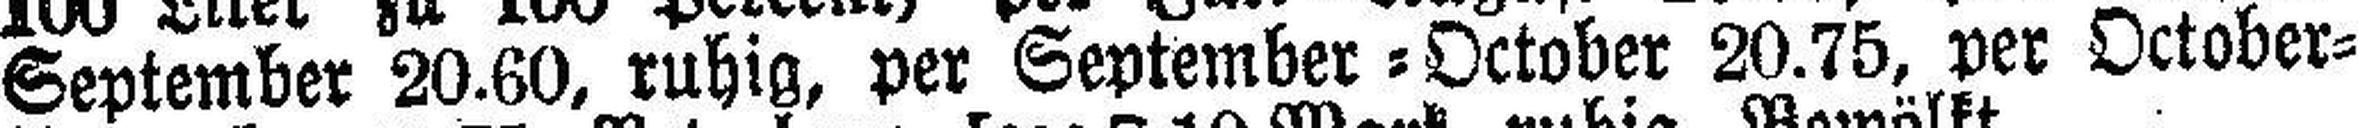
September 20.60, ruhig, per September=October 20.75, per October=